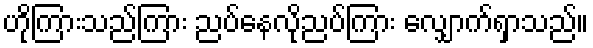
ဟိုကြားသည်ကြား ညပ်နေလိုညပ်ကြား လျှောက်ရှာသည်။